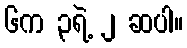
၆က ၃ရဲ့ ၂ ဆပါ။